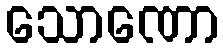
သောဏော